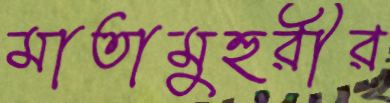
মাতামুহুরীর